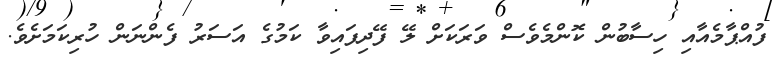
ފުއްޕާމެއާއި ހިސާބުން ކޮންމެވެސް ވަރަކަށް ލޭ ފޭދިފައިވާ ކަމުގެ އަސަރު ފެންނަން ހުރިކަމަށެވެ.